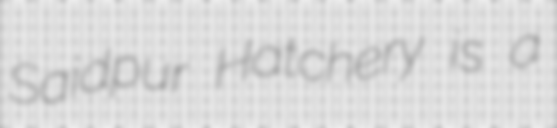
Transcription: Saidpur Hatchery is a